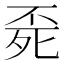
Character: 𣨀